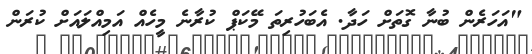
"އަހަރެން ބުނާ ގޮތަށް ހަދާ. އެބަހުރިތަ މޭކަޕް ކުރާނެ މީހެއް އަމިއްލައަށް ކުރަން